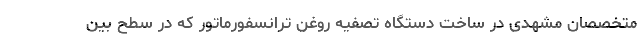
متخصصان مشهدی در ساخت دستگاه تصفیه روغن ترانسفورماتور که در سطح بین